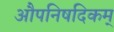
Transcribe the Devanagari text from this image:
औपनिषदिकम्